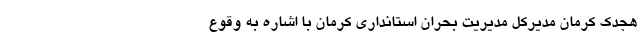
هُجِدک کرمان مدیرکل مدیریت بحران استانداری کرمان با اشاره به وقوع